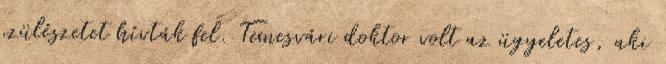
szülészetet hívták fel. Temesvári doktor volt az ügyeletes, aki